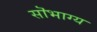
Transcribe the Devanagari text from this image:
सॊभाग्य